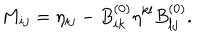
M _ { i j } = \eta _ { i j } - B _ { i k } ^ { ( 0 ) } \eta ^ { k l } B _ { l j } ^ { ( 0 ) } .